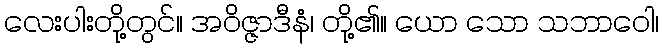
လေးပါးတို့တွင်။ အဝိဇ္ဇာဒီနံ၊ တို့၏။ ယော သော သဘာဝေါ၊